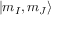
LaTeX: | m _ { I } , m _ { J } \rangle